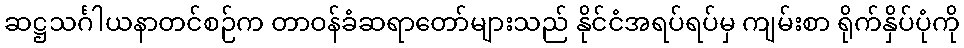
ဆဋ္ဌသင်္ဂါယနာတင်စဉ်က တာဝန်ခံဆရာတော်များသည် နိုင်ငံအရပ်ရပ်မှ ကျမ်းစာ ရိုက်နှိပ်ပုံကို